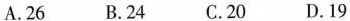
A.26 B.24 C.20 D.19